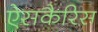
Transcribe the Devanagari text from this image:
ऐसकैरिस